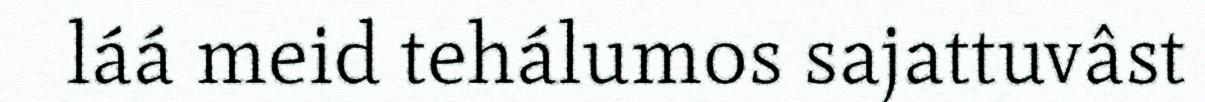
láá meid tehálumos sajattuvâst